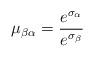
LaTeX: \begin{align*}\mu_{\beta\alpha}=\frac{e^{\sigma_\alpha}}{e^{\sigma_\beta}}\end{align*}